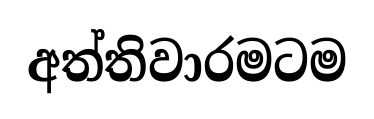
අත්තිවාරමටම